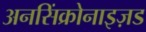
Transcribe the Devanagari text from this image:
अनसिंक्रोनाइज़ड